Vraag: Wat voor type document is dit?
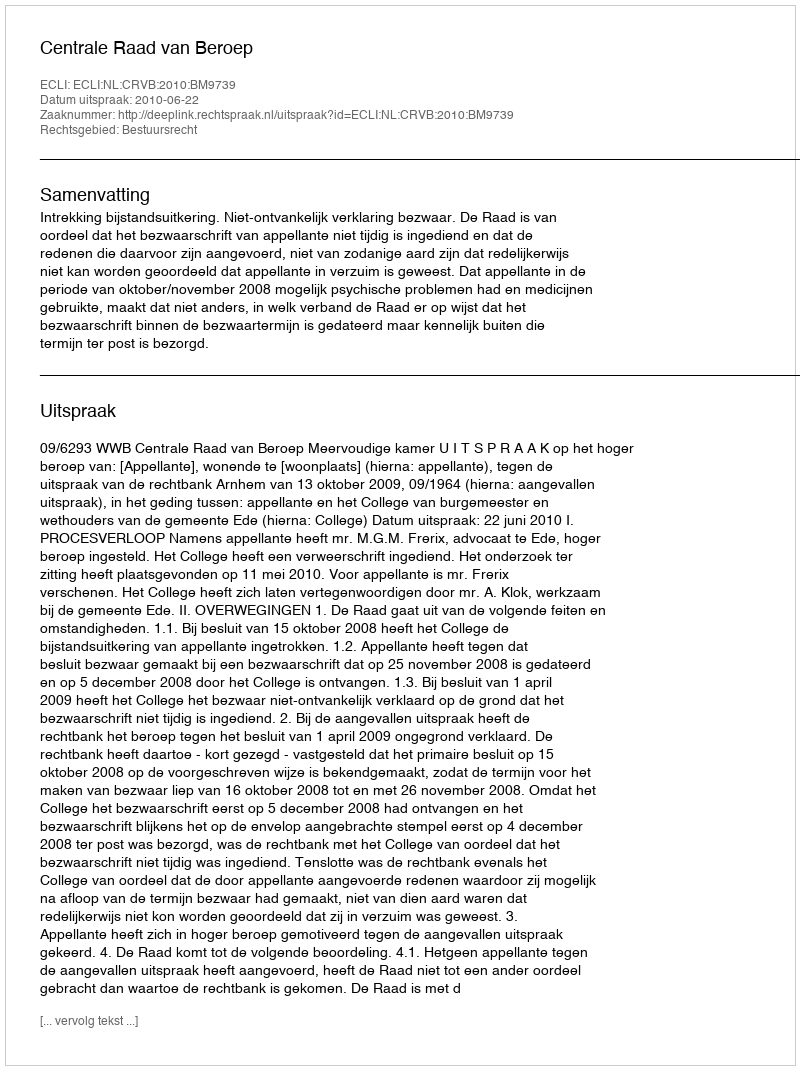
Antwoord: Uitspraak